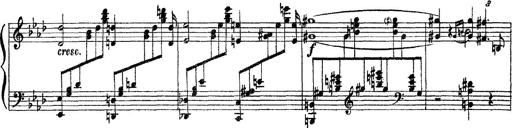
Title: 3 sonetti di Petrarca
Composer: Franz Liszt